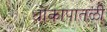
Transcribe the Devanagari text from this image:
धोकापातळी